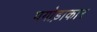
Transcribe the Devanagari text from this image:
पगोड़ाकार